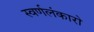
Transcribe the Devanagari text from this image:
स्वर्णलंकारो